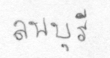
ลพบุรี